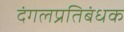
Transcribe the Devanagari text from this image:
दंगलप्रतिबंधक